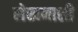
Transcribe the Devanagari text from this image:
लेखनाशी